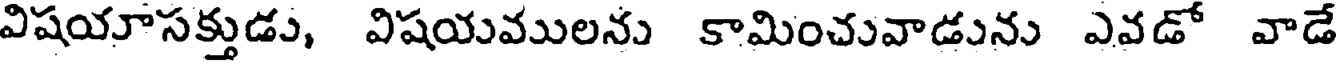
విషయాసక్తుడు, విషయవులను కామించువాడును ఎవడో వాడే